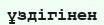
ұздігінен